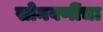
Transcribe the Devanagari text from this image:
सोनवणींचा